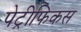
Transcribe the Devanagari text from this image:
पेट्रीफिकस